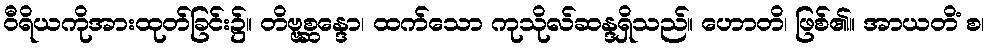
ဝီရိယကိုအားထုတ်ခြင်း၌။ တိဗ္ဗစ္ဆန္ဒော၊ ထက်သော ကုသိုလ်ဆန္ဒရှိသည်။ ဟောတိ၊ ဖြစ်၏။ အာယတိံ စ၊